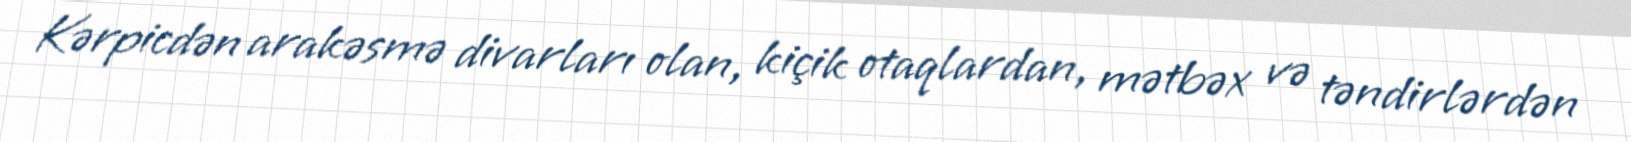
Kərpicdən arakəsmə divarları olan, kiçik otaqlardan, mətbəx və təndirlərdən